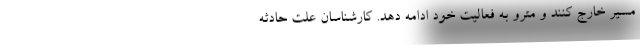
مسیر خارج کنند و مترو به فعالیت خود ادامه دهد. کارشناسان علت حادثه